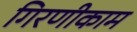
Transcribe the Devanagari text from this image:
गिरणीकाम